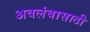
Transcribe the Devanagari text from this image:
अवलंबासाठी